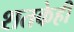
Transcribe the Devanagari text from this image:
शतकेही